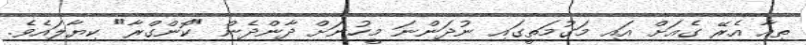
ތިއާ އެރޭ ގެއަށް އައި މަގުމަތީގައި ނުދަންނަ މީހުނަށް ދާންދެން "ކޮންގްރާ" ކިޔާލައެވެ.